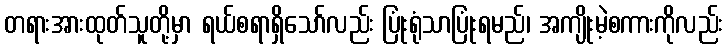
တရားအားထုတ်သူတို့မှာ ရယ်စရာရှိသော်လည်း ပြုံးရုံသာပြုံးရမည်၊ အကျိုးမဲ့စကားကိုလည်း